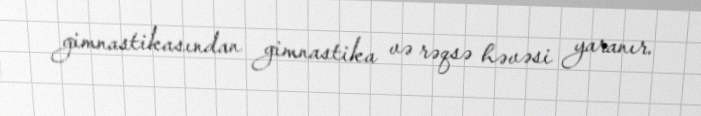
gimnastikasından gimnastika və rəqsə həvəsi yaranır.